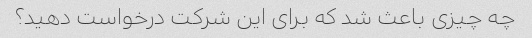
چه چیزی باعث شد که برای این شرکت درخواست دهید؟